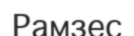
Рамзес